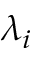
\lambda _ { i }